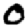
Digit: 0